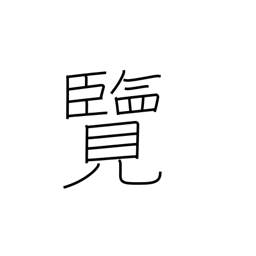
Meaning: inspect